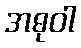
အဓုဝါ